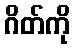
ဂိတ်ကို